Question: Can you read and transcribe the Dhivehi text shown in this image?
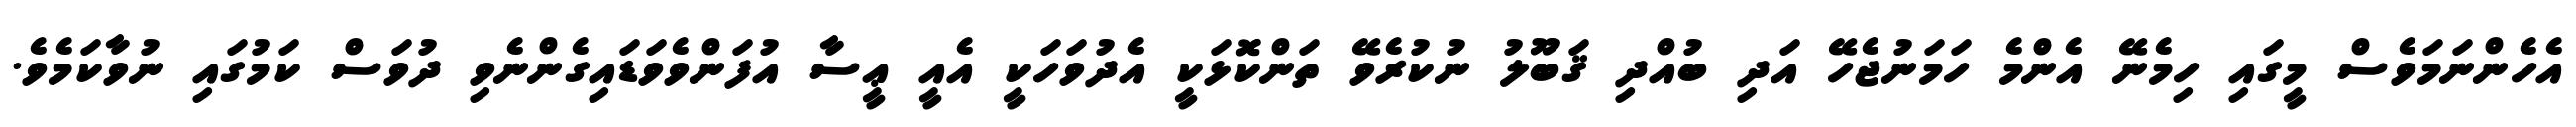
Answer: އެހެންނަމަވެސް މީގައި ހިމެނޭ އެންމެ ހަމަނުޖެހޭ އަދި ބުއްދި ޤަބޫލު ނުކުރެވޭ ތަންކޮޅަކީ އެދުވަހަކީ އެއީ ޢީސާ އުފަންވެވަޑައިގެންނެވި ދުވަސް ކަމުގައި ނުވާކަމެވެ.